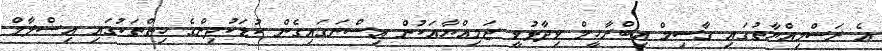
އެ ރަސްމިއްޔާތުގައި ގާސިމް އިބްރާހީމް ވިދާޅުވީ ޖަމިއްޔާއަކުން އިސްނަގައިގެން ކުޑަކުދިންގެ ހިތްތަކުގައި އިސްލާމް